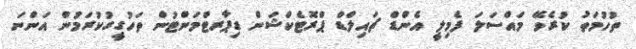
ތުހުމަތު ކުރެވޭ މައްސަލަ ފެމިލީ އެންޑް ޗައިލްޑް ޕްރޮޓެކްޝަން ޑިޕާރޓްމަންޓުން ތަހުގީގުކުރަމުން އަންނަ